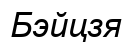
Бэйцзя